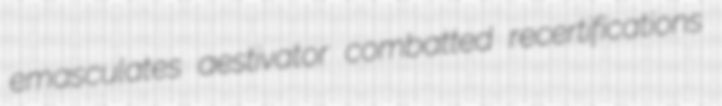
emasculates aestivator combatted recertifications